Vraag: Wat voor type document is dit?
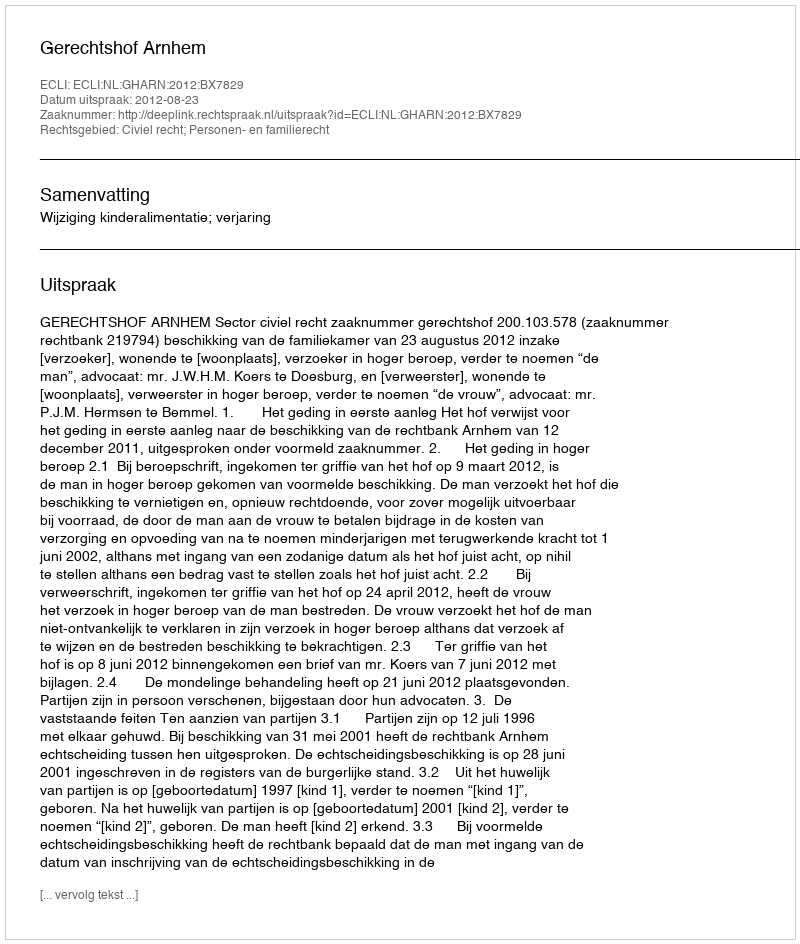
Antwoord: Uitspraak